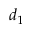
d _ { 1 }